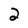
Character: 2